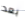
بعد